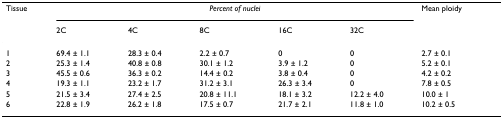
<table><thead><tr><td><b>Tissue</b></td><td colspan="5"><b><i>Percent of nuclei</i></b></td><td><b>Mean ploidy</b></td></tr><tr><td></td><td><b>2C</b></td><td><b>4C</b></td><td><b>8C</b></td><td><b>16C</b></td><td><b>32C</b></td><td></td></tr></thead><tbody><tr><td>1</td><td>69.4 ± 1.1</td><td>28.3 ± 0.4</td><td>2.2 ± 0.7</td><td>0</td><td>0</td><td>2.7 ± 0.1</td></tr><tr><td>2</td><td>25.3 ± 1.4</td><td>40.8 ± 0.8</td><td>30.1 ± 1.2</td><td>3.9 ± 1.2</td><td>0</td><td>5.2 ± 0.1</td></tr><tr><td>3</td><td>45.5 ± 0.6</td><td>36.3 ± 0.2</td><td>14.4 ± 0.2</td><td>3.8 ± 0.4</td><td>0</td><td>4.2 ± 0.2</td></tr><tr><td>4</td><td>19.3 ± 1.1</td><td>23.2 ± 1.7</td><td>31.2 ± 3.1</td><td>26.3 ± 3.4</td><td>0</td><td>7.8 ± 0.5</td></tr><tr><td>5</td><td>21.5 ± 3.4</td><td>27.4 ± 2.5</td><td>20.8 ± 11.1</td><td>18.1 ± 3.2</td><td>12.2 ± 4.0</td><td>10.0 ± 1</td></tr><tr><td>6</td><td>22.8 ± 1.9</td><td>26.2 ± 1.8</td><td>17.5 ± 0.7</td><td>21.7 ± 2.1</td><td>11.8 ± 1.0</td><td>10.2 ± 0.5</td></tr></tbody></table>